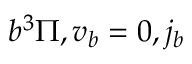
b ^ { 3 } \Pi , v _ { b } = 0 , j _ { b }